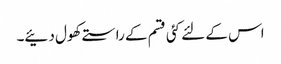
اس کے لئے کئی قسم کے راستے کھول دئیے۔